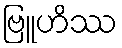
ဗြူဟိဿ